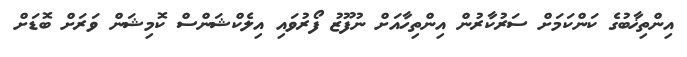
އިންތިޚާބުގެ ކަންކަމަށް ސަރުކާރުން އިންތިހާއަށް ނުފޫޒު ފޯރުވައި އިލެކްޝަންސް ކޮމިޝަން ވަރަށް ބޮޑަށް